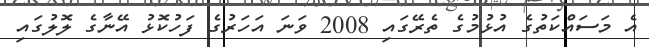
އެ މަސައްކަތުގެ އުޅުމުގެ ތެރޭގައި 2008 ވަނަ އަހަރުގެ ފަހުކޮޅު އޭނާގެ ލޮލުގައި